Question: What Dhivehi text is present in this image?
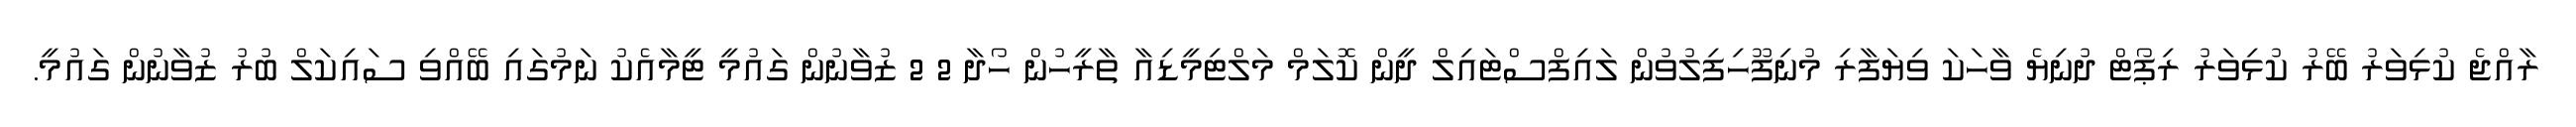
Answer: ރާއްޖެ ކުޅިވަރު ބޭރު ކުޅިވަރު ރިޕޯޓް ދުނިޔެ ވާހަކަ ވިޔަފާރި މުނިފޫހިފިލުވުން ލައިފްސްޓައިލް ދީން ކޮލަމް މަލްޓިމީޑިއާ ތާރީހުން ހޯދާ 2 2 ޒުވާނުން ގައުމީ ޓީމާއެކު ނަމުގައި ބޭއްވި ސައިކަލް ބުރު ޒުވާނުން ގައުމީ.